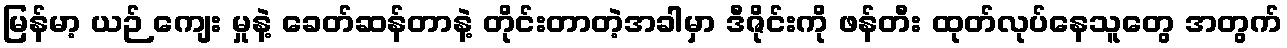
မြန်မာ့ ယဉ် ကျေး မှုနဲ့ ခေတ်ဆန်တာနဲ့ တိုင်းတာတဲ့အခါမှာ ဒီဇိုင်းကို ဖန်တီး ထုတ်လုပ်နေသူတွေ အတွက်